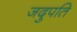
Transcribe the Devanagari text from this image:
जदुपति